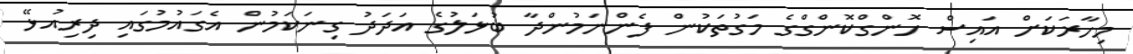
މިހާރަކަށް އައިސް ހޮންގްކޮންގްގެ މަގުތަކުން ފެންނަމުންދާ ބުޅަލުގެ އަދަދު ގިނަކަމުން އެގައުމުގައި ދިރިއުޅޭ